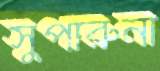
সুপারুনা